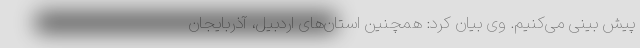
پیش بینی می‌کنیم. وی بیان کرد: همچنین استان‌های اردبیل، آذربایجان